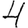
Digit: 4